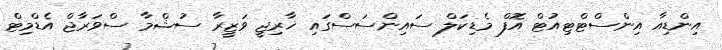
އިންޑިއާ އިންސްޓްޓިއުޓް އޮފް މެޑިކަލް ސައިންސަސްގައި ޚާރިޖީ ވަޒީރާ ސުޝްމާ ސްވަރާޖް އެޑްމިޓް